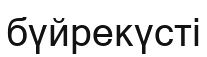
бүйрекүсті